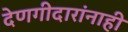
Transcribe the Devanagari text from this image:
देणगीदारांनाही